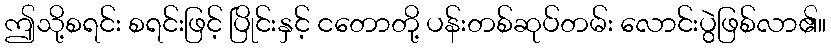
ဤသို့စရင်း စရင်းဖြင့် ပြိုင်းနှင့် ငတောတို့ ပန်းတစ်ဆုပ်တမ်း လောင်းပွဲဖြစ်လာ၏။